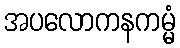
အပလောကနကမ္မံ